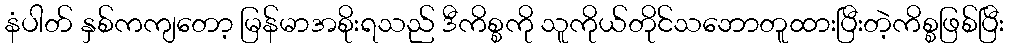
နံပါတ် နှစ်ကကျတော့ မြန်မာအစိုးရသည် ဒီကိစ္စကို သူကိုယ်တိုင်သဘောတူထားပြီးတဲ့ကိစ္စဖြစ်ပြီး